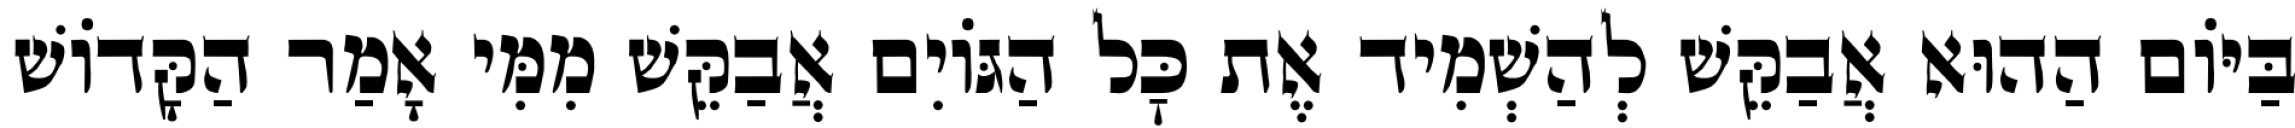
בַּיּוֹם הַהוּא אֲבַקֵּשׁ לְהַשְׁמִיד אֶת כׇּל הַגּוֹיִם אֲבַקֵּשׁ מִמִּי אָמַר הַקָּדוֹשׁ